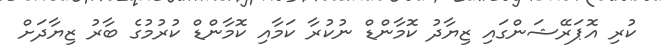
ކުރި އޮޕަރޭޝަންގައި ޒިޔާދު ކޮމާންޑް ނުކުރާ ކަމާއި ކޮމާންޑް ކުރުމުގެ ބާރު ޒިޔާދަށް